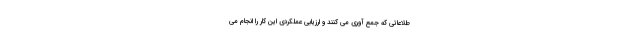
طلاعاتی که جمع آوری می کنند و ارزیابی عملکردی این کار را انجام می